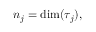
n _ { j } = \dim ( \tau _ { j } ) ,